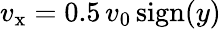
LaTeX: v_{\mathrm{x}}=0.5\, v_{\mathrm{0}}\, \mathrm{sign}(y)